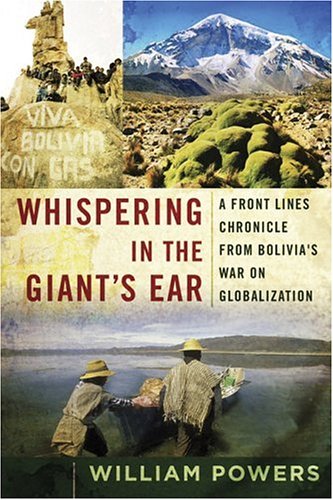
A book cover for Whispering in the Giant's Ear: A Frontline Chronicle from Bolivia's War on Globalization; William D. Powers; Travel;